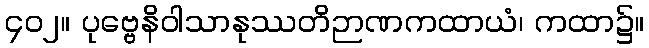
၄၀၂။ ပုဗ္ဗေနိဝါသာနုဿတိဉာဏကထာယံ၊ ကထာ၌။